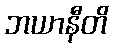
ဘယာနီတိ